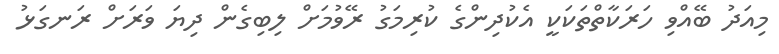
މިއަދު ބޭއްވި ހަރަކާތްތަކަކީ އެކުދިންގެ ކުރިމަގު ރޭވުމަށް ލިބިގެން ދިޔަ ވަރަށް ރަނގަޅު